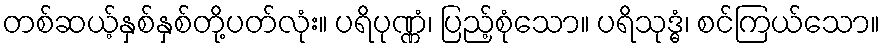
တစ်ဆယ့်နှစ်နှစ်တို့ပတ်လုံး။ ပရိပုဏ္ဏံ၊ ပြည့်စုံသော။ ပရိသုဒ္ဓံ၊ စင်ကြယ်သော။